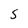
Character: S